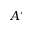
A ^ { \prime }